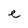
Character: e